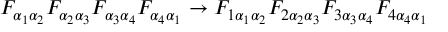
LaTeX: { F _ { \alpha _ { 1 } \alpha _ { 2 } } } { F _ { \alpha _ { 2 } \alpha _ { 3 } } } { F _ { \alpha _ { 3 } \alpha _ { 4 } } } { F _ { \alpha _ { 4 } \alpha _ { 1 } } } \rightarrow { F _ { 1 \alpha _ { 1 } \alpha _ { 2 } } } { F _ { 2 \alpha _ { 2 } \alpha _ { 3 } } } { F _ { 3 \alpha _ { 3 } \alpha _ { 4 } } } { F _ { 4 \alpha _ { 4 } \alpha _ { 1 } } }